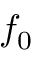
f _ { 0 }